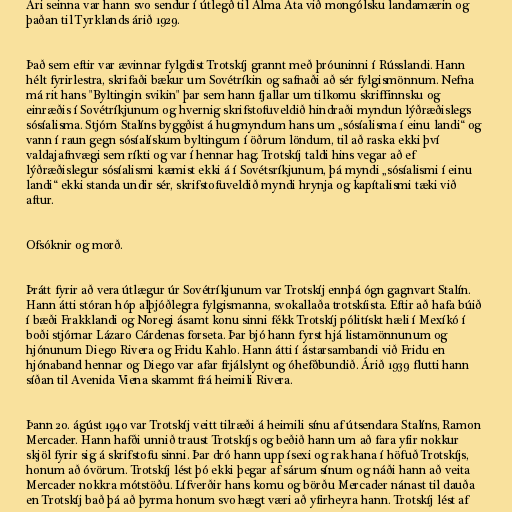
Ári seinna var hann svo sendur í útlegð til Alma Ata við mongólsku landamærin og
þaðan til Tyrklands árið 1929.

Það sem eftir var ævinnar fylgdist Trotskíj grannt með þróuninni í Rússlandi. Hann
hélt fyrirlestra, skrifaði bækur um Sovétríkin og safnaði að sér fylgismönnum. Nefna
má rit hans "Byltingin svikin" þar sem hann fjallar um tilkomu skriffinnsku og
einræðis í Sovétríkjunum og hvernig skrifstofuveldið hindraði myndun lýðræðislegs
sósíalisma. Stjórn Stalíns byggðist á hugmyndum hans um „sósíalisma í einu landi“ og
vann í raun gegn sósíalískum byltingum í öðrum löndum, til að raska ekki því
valdajafnvægi sem ríkti og var í hennar hag. Trotskíj taldi hins vegar að ef
lýðræðislegur sósíalismi kæmist ekki á í Sovétsríkjunum, þá myndi „sósíalismi í einu
landi“ ekki standa undir sér, skrifstofuveldið myndi hrynja og kapítalismi tæki við
aftur.

Ofsóknir og morð.

Þrátt fyrir að vera útlægur úr Sovétríkjunum var Trotskíj ennþá ógn gagnvart Stalín.
Hann átti stóran hóp alþjóðlegra fylgismanna, svokallaða trotskíista. Eftir að hafa búið
í bæði Frakklandi og Noregi ásamt konu sinni fékk Trotskíj pólitískt hæli í Mexíkó í
boði stjórnar Lázaro Cárdenas forseta. Þar bjó hann fyrst hjá listamönnunum og
hjónunum Diego Rivera og Fridu Kahlo. Hann átti í ástarsambandi við Fridu en
hjónaband hennar og Diego var afar frjálslynt og óhefðbundið. Árið 1939 flutti hann
síðan til Avenida Viena skammt frá heimili Rivera.

Þann 20. ágúst 1940 var Trotskíj veitt tilræði á heimili sínu af útsendara Stalíns, Ramon
Mercader. Hann hafði unnið traust Trotskíjs og beðið hann um að fara yfir nokkur
skjöl fyrir sig á skrifstofu sinni. Þar dró hann upp ísexi og rak hana í höfuð Trotskíjs,
honum að óvörum. Trotskíj lést þó ekki þegar af sárum sínum og náði hann að veita
Mercader nokkra mótstöðu. Lífverðir hans komu og börðu Mercader nánast til dauða
en Trotskíj bað þá að þyrma honum svo hægt væri að yfirheyra hann. Trotskíj lést af